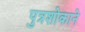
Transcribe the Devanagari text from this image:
पुत्रशोकाने